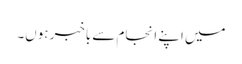
میں اپنے انجام سے باخبر ہوں۔